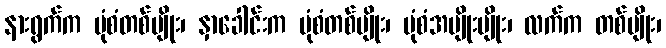
နားရွက်က ပုံစံတစ်မျိုး၊ နှာခေါင်းက ပုံစံတစ်မျိုး၊ ပုံစံအမျိုးမျိုး၊ လက်က တစ်မျိုး၊